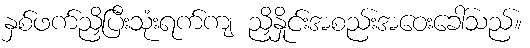
နှစ်ဖက်ညှိပြီးသုံးရက်ကျ ညှိနှိုင်းအစည်းအဝေးခေါ်သည်။